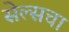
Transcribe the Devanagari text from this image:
सेल्सचा